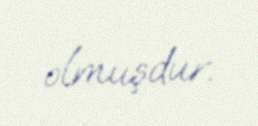
olmuşdur.